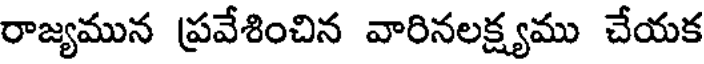
రాజ్యమున ప్రవేశించిన వారినలక్ష్యము చేయక